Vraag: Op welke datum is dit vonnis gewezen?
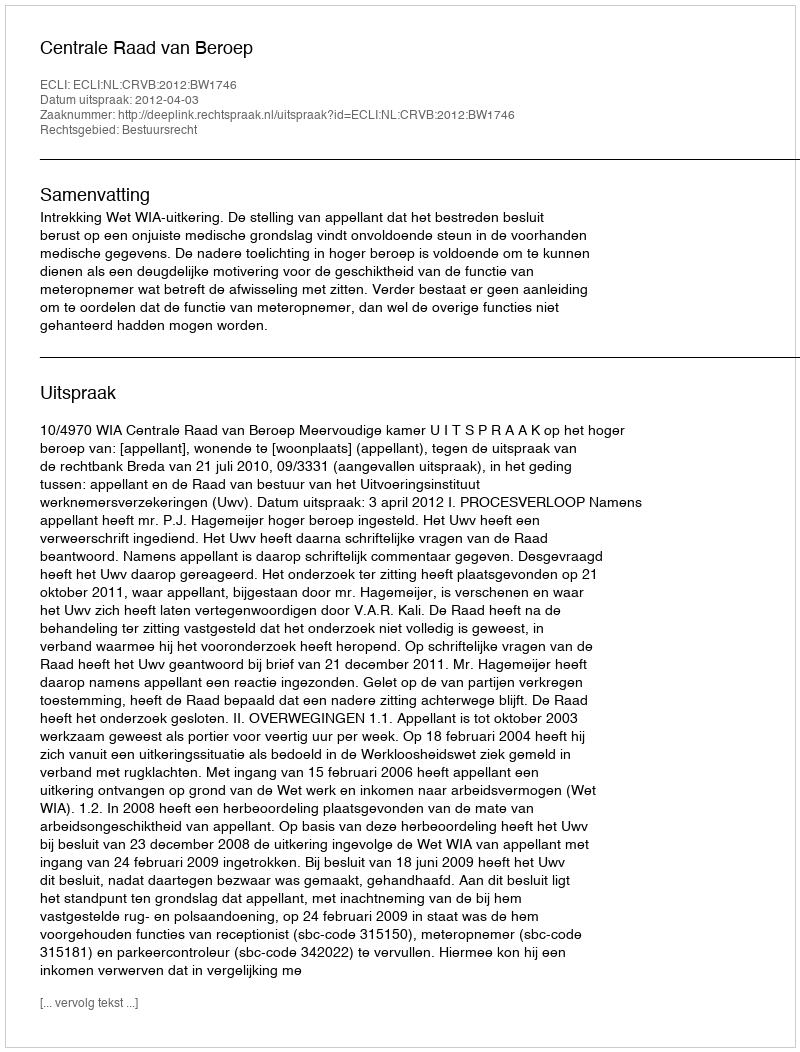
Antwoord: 2012-04-03